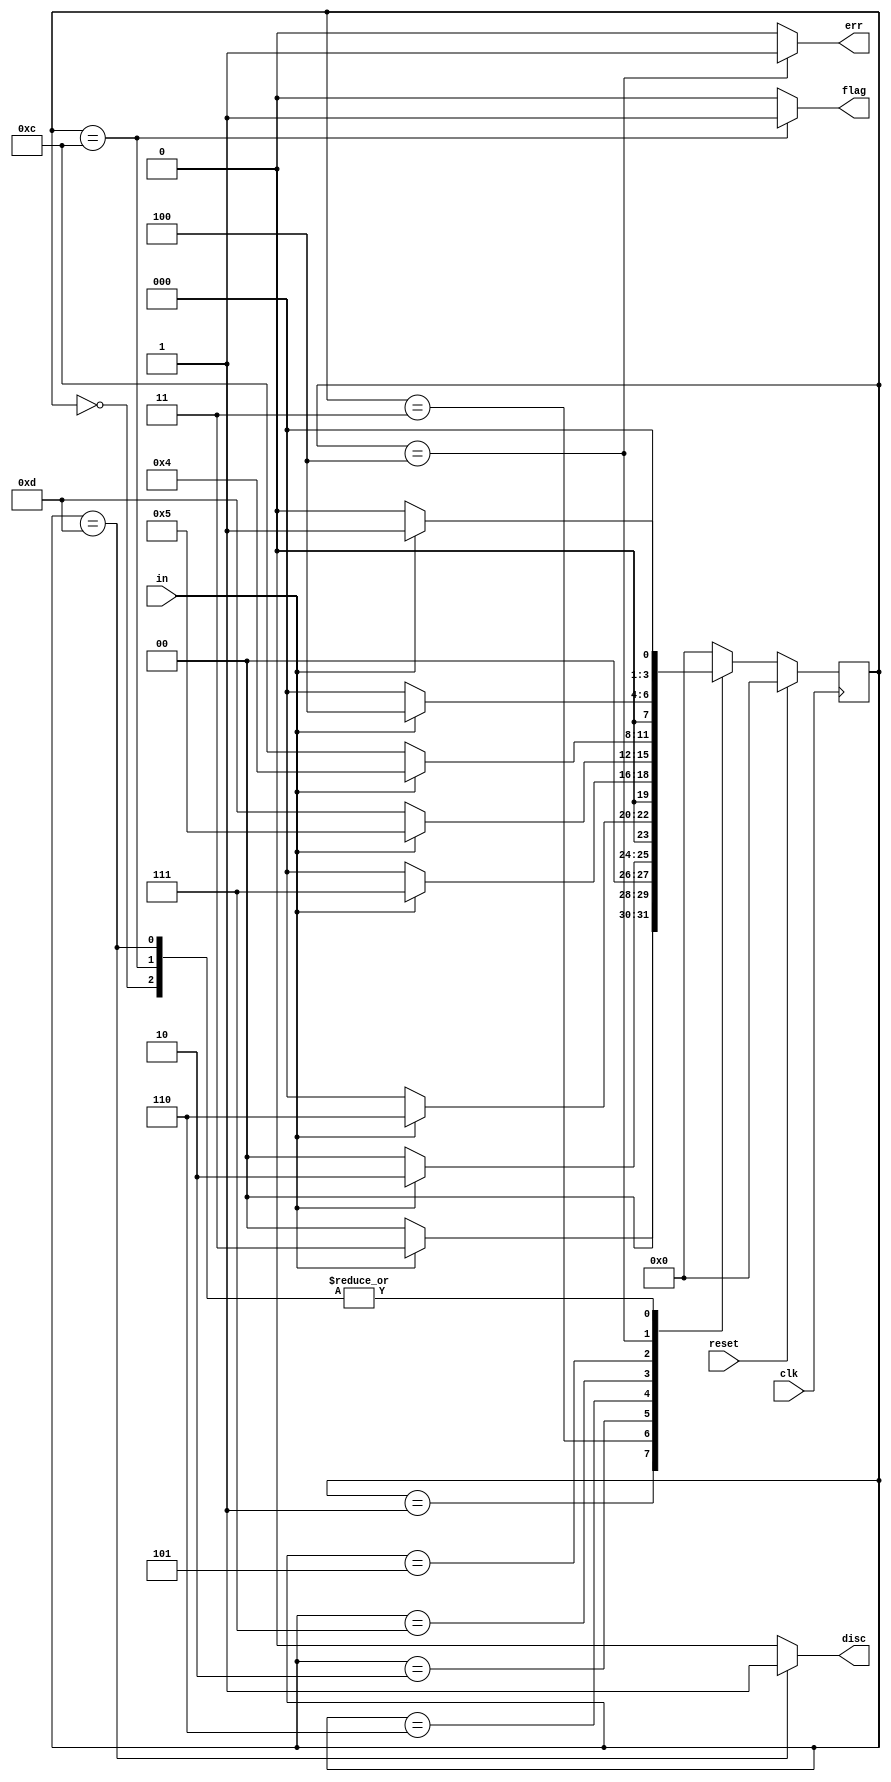
module top_module (
    input  clk,
    input  reset,  // Synchronous reset
    input  in,
    output disc,
    output flag,
    output err
);


    parameter reg [3:0] ST_NONE = 4'b0000;
    parameter reg [3:0] ST_ONE = 4'b0001;
    parameter reg [3:0] ST_TWO = 4'b0011;
    parameter reg [3:0] ST_THREE = 4'b0010;
    parameter reg [3:0] ST_FOUR = 4'b0110;
    parameter reg [3:0] ST_FIVE = 4'b0111;
    parameter reg [3:0] ST_SIX = 4'b0101;
    parameter reg [3:0] ST_ERROR = 4'b0100;
    parameter reg [3:0] ST_FLAG = 4'b1100;
    parameter reg [3:0] ST_DISCARD = 4'b1101;

    reg [3:0] state, next_state;


    always @(*) begin
        case (state)
            ST_NONE:    next_state = (in == 1'b1) ? ST_ONE : ST_NONE;
            ST_ONE:     next_state = (in == 1'b1) ? ST_TWO : ST_NONE;
            ST_TWO:     next_state = (in == 1'b1) ? ST_THREE : ST_NONE;
            ST_THREE:   next_state = (in == 1'b1) ? ST_FOUR : ST_NONE;
            ST_FOUR:    next_state = (in == 1'b1) ? ST_FIVE : ST_NONE;
            ST_FIVE:    next_state = (in == 1'b1) ? ST_SIX : ST_DISCARD;
            ST_SIX:     next_state = (in == 1'b1) ? ST_ERROR : ST_FLAG;
            ST_ERROR:   next_state = (in == 1'b1) ? ST_ERROR : ST_NONE;
            ST_FLAG:    next_state = (in == 1'b1) ? ST_ONE : ST_NONE;
            ST_DISCARD: next_state = (in == 1'b1) ? ST_ONE : ST_NONE;
            default:    next_state = ST_NONE;
        endcase
    end

    always @(posedge clk) begin
        if (reset == 1'b1) begin
            state <= ST_NONE;
        end else begin
            state <= next_state;
        end
    end

    assign disc = (state == ST_DISCARD) ? 1'b1 : 1'b0;
    assign flag = (state == ST_FLAG) ? 1'b1 : 1'b0;
    assign err  = (state == ST_ERROR) ? 1'b1 : 1'b0;

endmodule